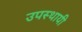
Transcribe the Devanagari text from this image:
उपस्थायी